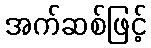
အက်ဆစ်ဖြင့်